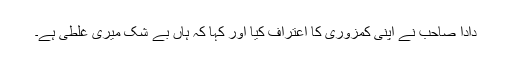
دادا صاحب نے اپنی کمزوری کا اعتراف کیا اور کہا کہ ہاں بے شک میری غلطی ہے۔